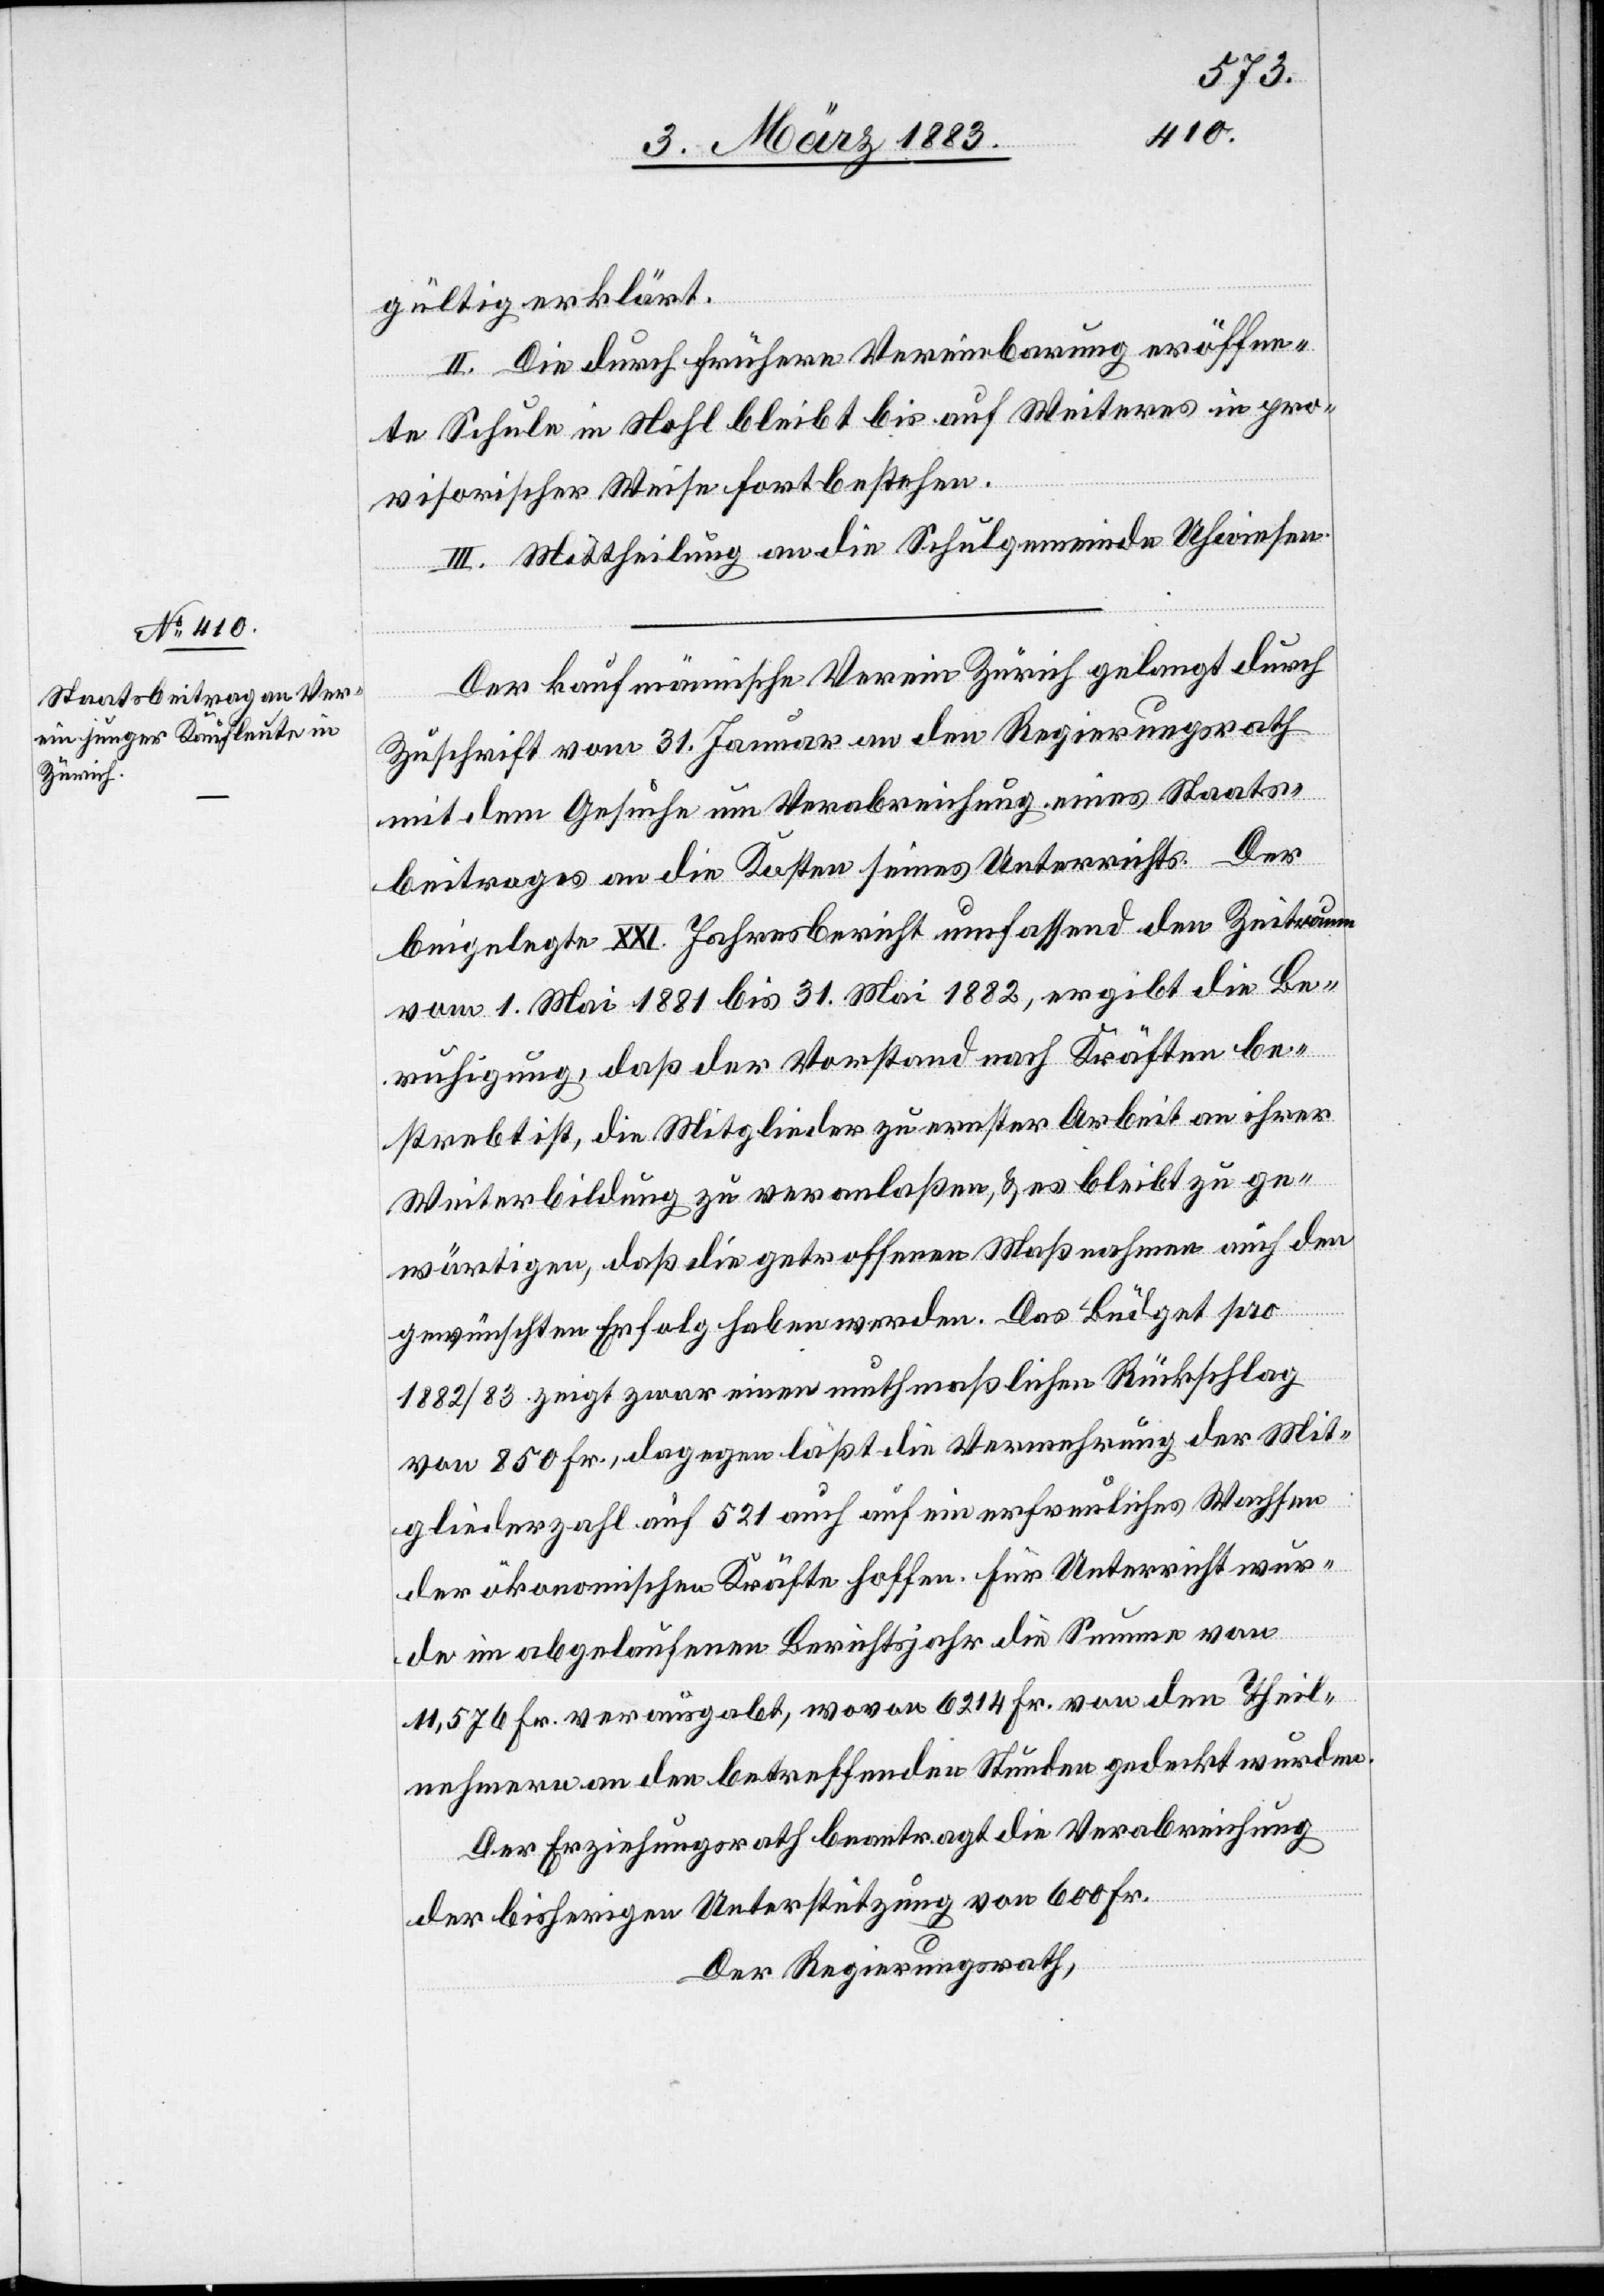
Der kaufmännische Verein Zürich gelangt durch
Zuschrift vom 31. Januar an den Regierungsrath
mit dem Gesuche um Verabreichung eines Staats¬
beitrages an die Kosten seines Unterrichts. Der
beigelegte XXI. Jahresbericht umfassend den Zeitraum
vom 1. Mai 1881 bis 31. Mai 1882, ergibt die Be¬
ruhigung, daß der Vorstand nach Kräften be¬
strebt ist, die Mitglieder zu ernster Arbeit an ihrer
Weiterbildung zu veranlaßen, & es bleibt zu ge¬
wärtigen, daß die getroffenen Maßnahmen auch den
gewünschten Erfolg haben werden. Das Büdget pro
1882/83 zeigt zwar einen muthmaßlichen Rückschlag
von 850 Fr., dagegen läßt die Vermehrung der Mit¬
gliederzahl auf 521 auf ein erfreuliches Wachsen
der ökonomischen Kräfte hoffen. Für Unterricht wur¬
de im abgelaufenen Berichtsjahr die Summe von
11,576 Fr. verausgabt, wovon 6214 Fr. von den Theil¬
nehmern an den betreffenden Stunden gedeckt wurden.
Der Erziehungsrath beantragt die Verabreichung
der bisherigen Unterstützung von 600 Fr.
Der Regierungsrath,